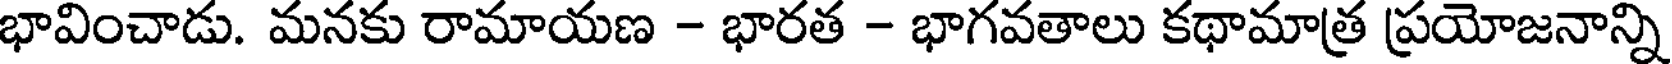
భావించాడు. మనకు రామాయణ - భారత - భాగవతాలు కథామాత్ర ప్రయోజనాన్ని